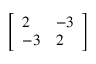
\left[ { \begin{array} { l l } { 2 } & { - 3 } \\ { - 3 } & { 2 } \end{array} } \right]